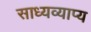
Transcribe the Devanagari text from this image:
साध्यव्याप्य